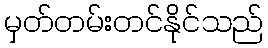
မှတ်တမ်းတင်နိုင်သည်